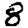
Digit: 8